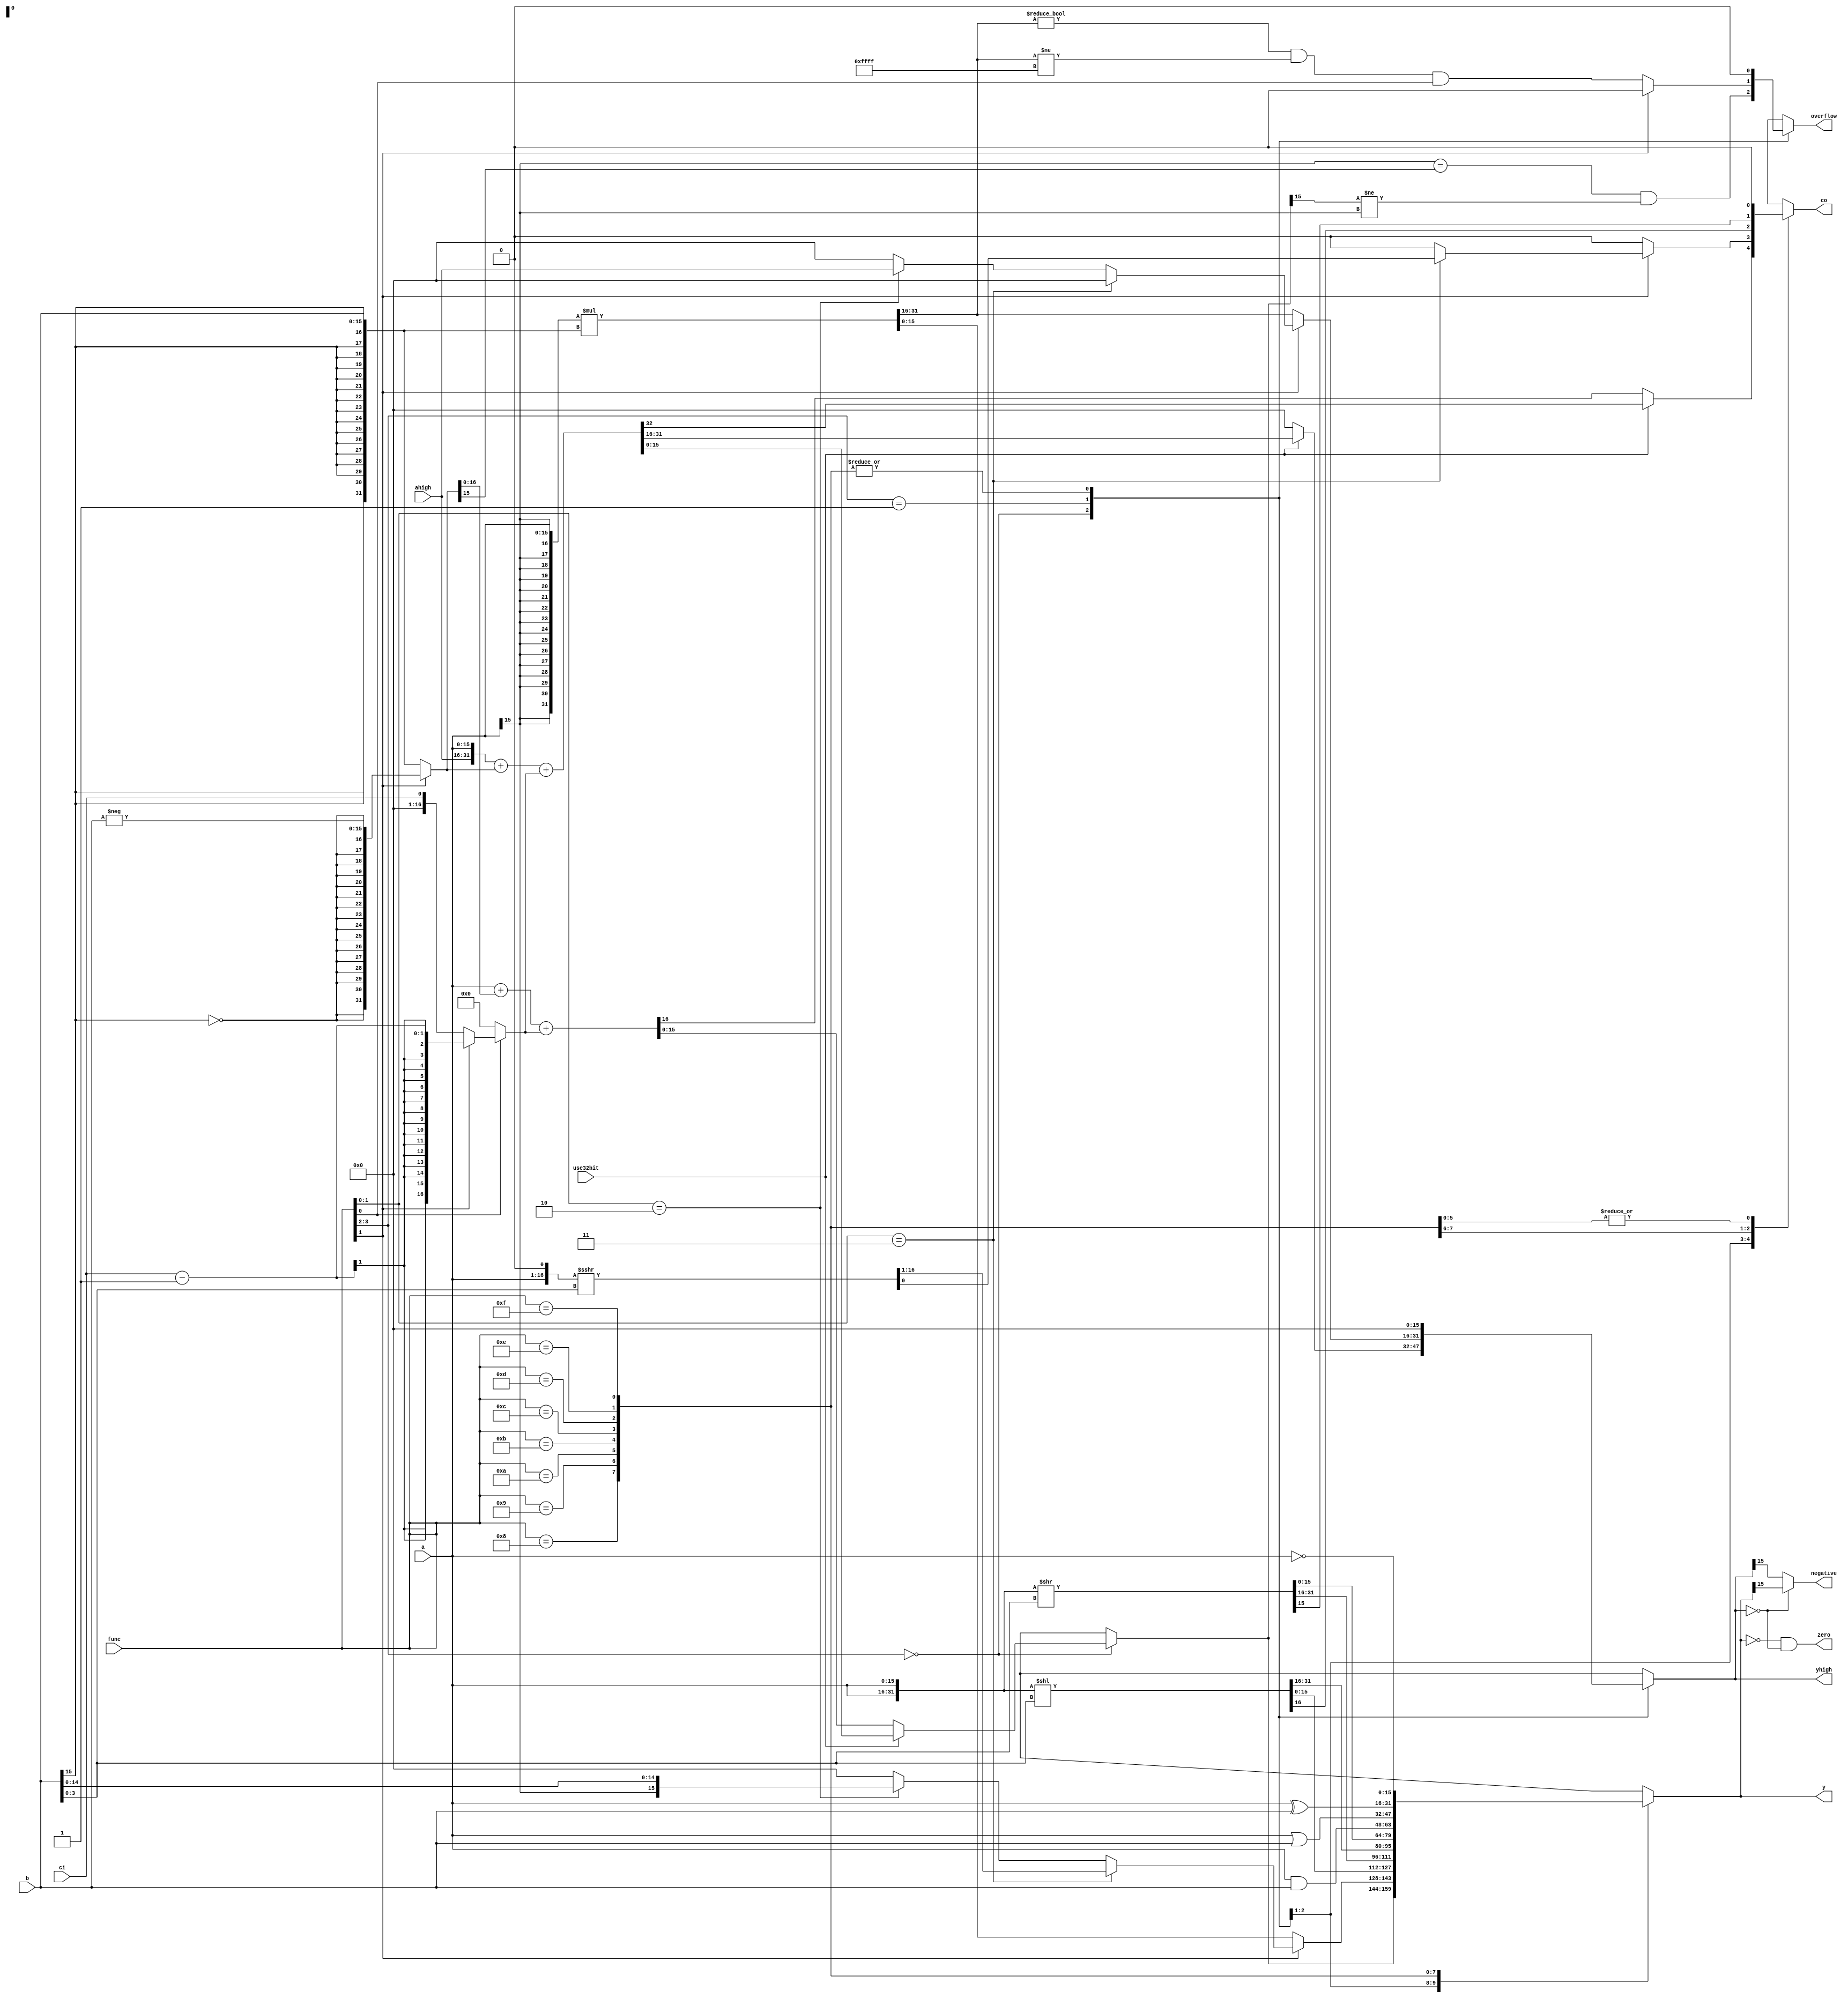
module alu(
    input wire[N-1:0] a,
    input wire[N-1:0] ahigh,
    input wire[N-1:0] b,
    input wire[3:0] func,
    input wire ci,
    input wire use32bit,
    output reg[N-1:0] y,
    output reg[N-1:0] yhigh,
    output reg co,
    output reg zero,
    output reg overflow,
    output reg negative );

parameter N = 16;



reg[2*N-1:0] negatedB;
reg[N:0] negatedCI;

reg[N-1:0] rshift;
reg[N-1:0] rrotate;
reg[N-1:0] lrotate;
reg[N-1:0] lshift;

wire[2*N-1:0] mul = {{N{a[N-1]}}, a} * {{N{b[N-1]}}, b};

reg signed[N:0] sigA;

always @ (*) begin
    y = 0;
    yhigh = 0;
    co  = 0;
    overflow = 0;

    negatedB = func[1] ? {{16{!b[15]}}, -b} : {{16{b[15]}}, b};
    negatedCI = func[1] ? ci-1 : ci;
    sigA = {a, 1'b0};
    {rshift, rrotate} = {a, a} >> b[3:0];
    {lrotate, lshift} = ({a, a} << b[3:0]);

    casez (func)
        4'b00zz: begin
            if (use32bit)
                {co, yhigh, y} = {ahigh, a} + negatedB +
                    (func[0] ? negatedCI : 16'b0);
            else
                {co, y} = a + negatedB + (func[0] ? negatedCI : 16'b0);
            overflow = (a[N-1] == negatedB[N-1]) & (y[N-1] != a[N-1]);
        end
        4'b01zz: begin
            if (func[1] == 1'b0) begin
                {yhigh, y} = {{N{a[N-1]}}, a} * {{N{b[N-1]}}, b};
                overflow = (yhigh != 0 && yhigh != 16'hFFFF) && func[0];
            end else if (func[1:0] == 2'b11) begin
                {y, co} = sigA >>> b[3:0];
            end
            else if (func[1:0] == 2'b10) begin
                {yhigh ,y} = {ahigh, a[15], b[14:0]};
            end
        end
        4'b1000: {co, y} = {lrotate[0], lshift};
        4'b1001: {co, y} = {rrotate[N-1], rshift};
        4'b1010: y = lrotate;
        4'b1011: y = rrotate;
        4'b1100: y = a & b;
        4'b1101: y = a | b;
        4'b1110: y = a ^ b;
        4'b1111: y = ~a;
    endcase

    zero = y == 0 && yhigh == 0;
    negative = yhigh == 0? y[N-1] : yhigh[N-1];
end

endmodule